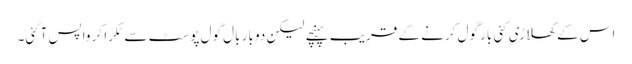
اس کے کھلاڑی کئی بار گول کرنے کے قریب پہنچے لیکن دو بار بال گول پوسٹ سے ٹکرا کر واپس آگئی۔